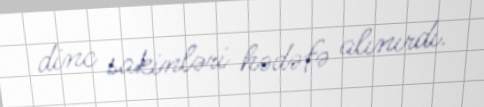
dinc sakinləri hədəfə alınırdı.